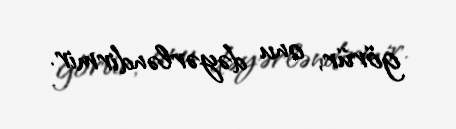
görür, onu dəyərləndirmir.